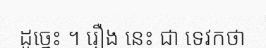
ដូច្នេះ ។ រឿង នេះ ជា ទេវកថា